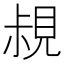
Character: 𧠪